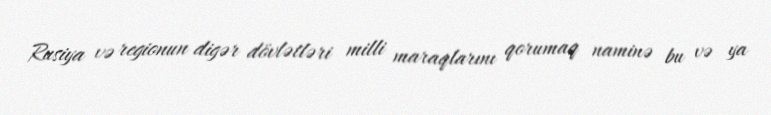
Rusiya və regionun digər dövlətləri milli maraqlarını qorumaq naminə bu və ya